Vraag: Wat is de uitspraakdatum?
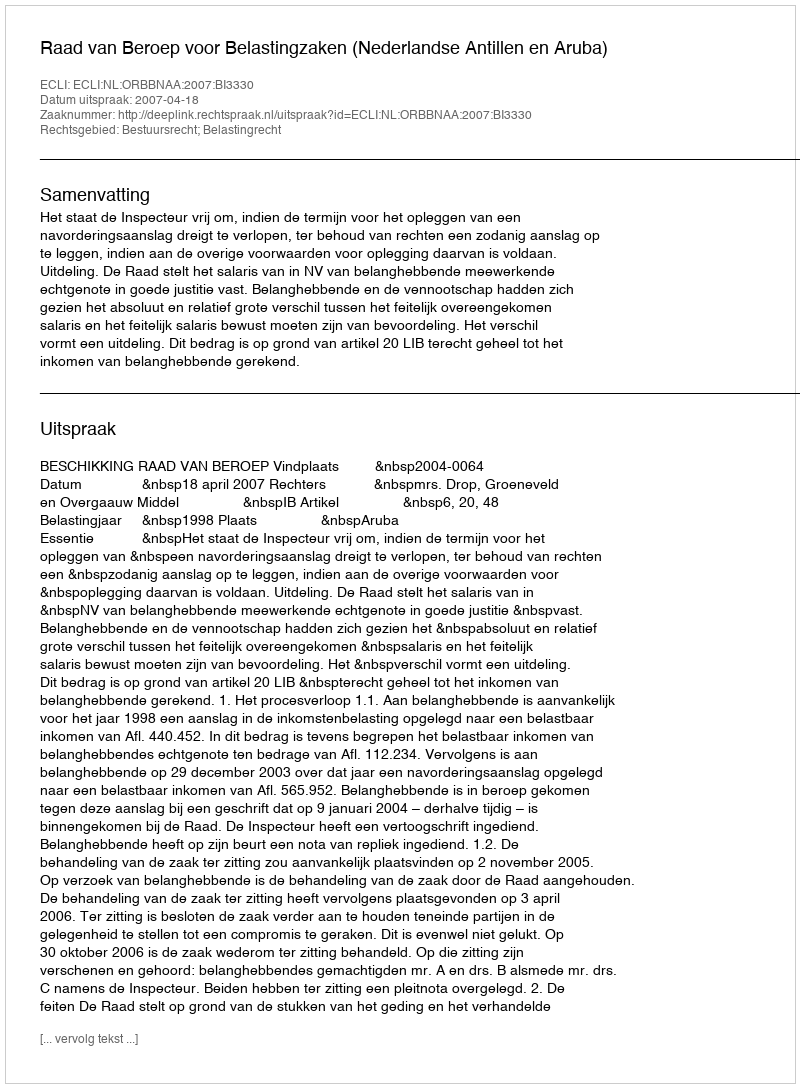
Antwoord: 2007-04-18